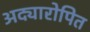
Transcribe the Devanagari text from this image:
अद्यारोपित